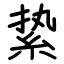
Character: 絷